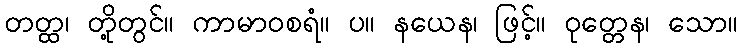
တတ္ထ၊ တို့တွင်။ ကာမာဝစရံ။ ပ။ နယေန၊ ဖြင့်။ ဝုတ္တေန၊ သော။